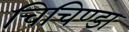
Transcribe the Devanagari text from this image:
चिचिण्डा